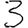
Digit: 3